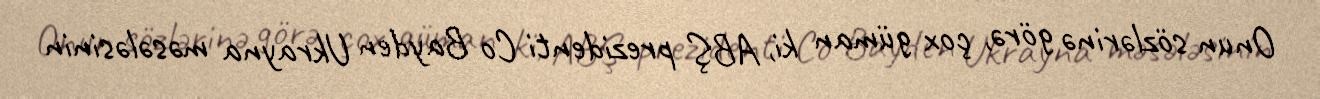
Onun sözlərinə görə, çox güman ki, ABŞ prezidenti Co Bayden Ukrayna məsələsinin